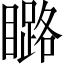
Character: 𱳍